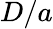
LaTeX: D/a